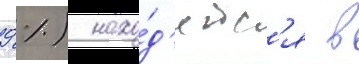
9 %) нахо́д'ятс'я в